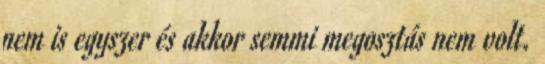
nem is egyszer és akkor semmi megosztás nem volt.